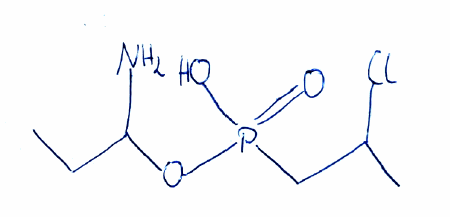
Simplified molecular-input line-entry system (SMILES) notation of the given molecule:
CCC(N)OP(=O)(CC(C)Cl)O